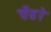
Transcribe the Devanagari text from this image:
चेंढरे